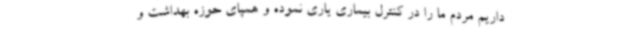
داریم مردم ما را در کنترل بیماری یاری نموده و همپای حوزه بهداشت و